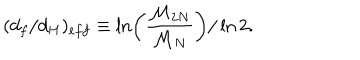
( d _ { f } / d _ { H } ) _ { e f f } \equiv \ln \left( { \frac { { \cal { M } } _ { 2 N } } { { \cal { M } } _ { N } } } \right) / \ln 2 .